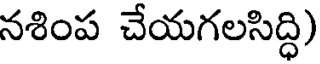
నశింప చేయగలసిద్ధి)